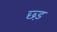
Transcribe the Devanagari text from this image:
छ्ड़